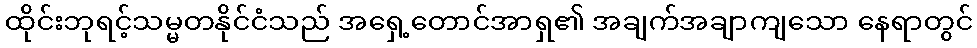
ထိုင်းဘုရင့်သမ္မတနိုင်ငံသည် အရှေ့တောင်အာရှ၏ အချက်အချာကျသော နေရာတွင်